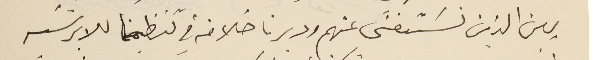
بين الذين نسَتغنى عنهم ودبرنا خلافه في تنظيمنا للابرشيه